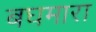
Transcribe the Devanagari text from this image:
बघमारा